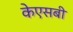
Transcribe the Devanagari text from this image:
केएसबी